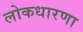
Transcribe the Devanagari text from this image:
लोकधारणा